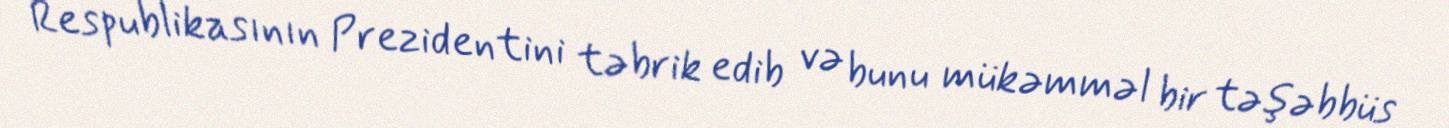
Respublikasının Prezidentini təbrik edib və bunu mükəmməl bir təşəbbüs